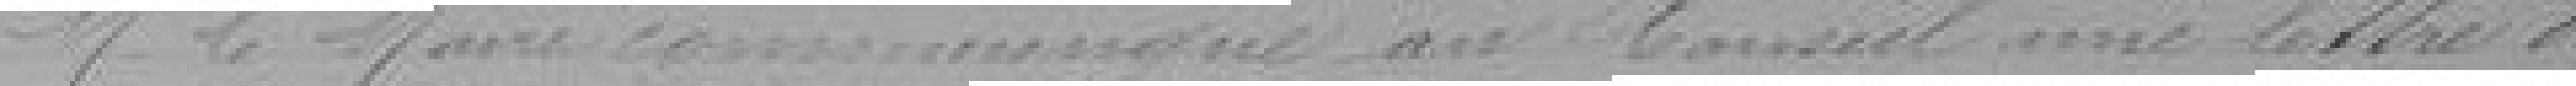
Monsieur le Maire communique au Conseil une lettre de